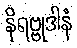
နိရဗ္ဗုဒါနံ